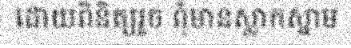
ដោយពិនិត្យរួច ពុំមានស្លាកស្នាម